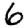
Digit: 6